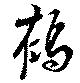
鶴